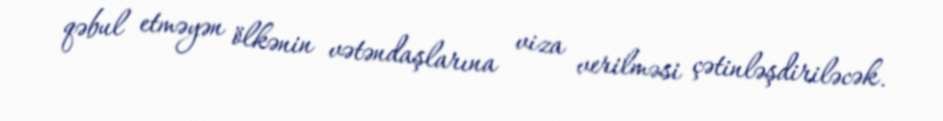
qəbul etməyən ölkənin vətəndaşlarına viza verilməsi çətinləşdiriləcək.